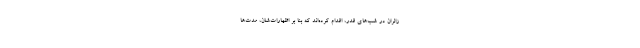
زائران در شب‌های قدر، اقدام کرده‌اند که بنا بر اظهارات‌شان، مدت‌ها